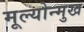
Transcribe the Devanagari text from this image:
मूल्योन्मुख